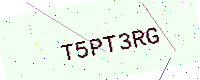
Text: T5PT3RG